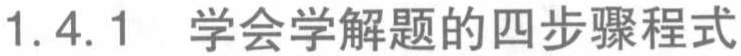
1.4.1 学会学解题的四步骤程式